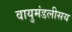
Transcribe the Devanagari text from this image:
वायुमंडलीसय